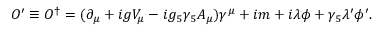
{ \cal O } ^ { \prime } \equiv { \cal O } ^ { \dagger } = ( \partial _ { \mu } + i g V _ { \mu } - i g _ { 5 } \gamma _ { 5 } A _ { \mu } ) \gamma ^ { \mu } + i m + i \lambda \phi + \gamma _ { 5 } \lambda ^ { \prime } \phi ^ { \prime } .